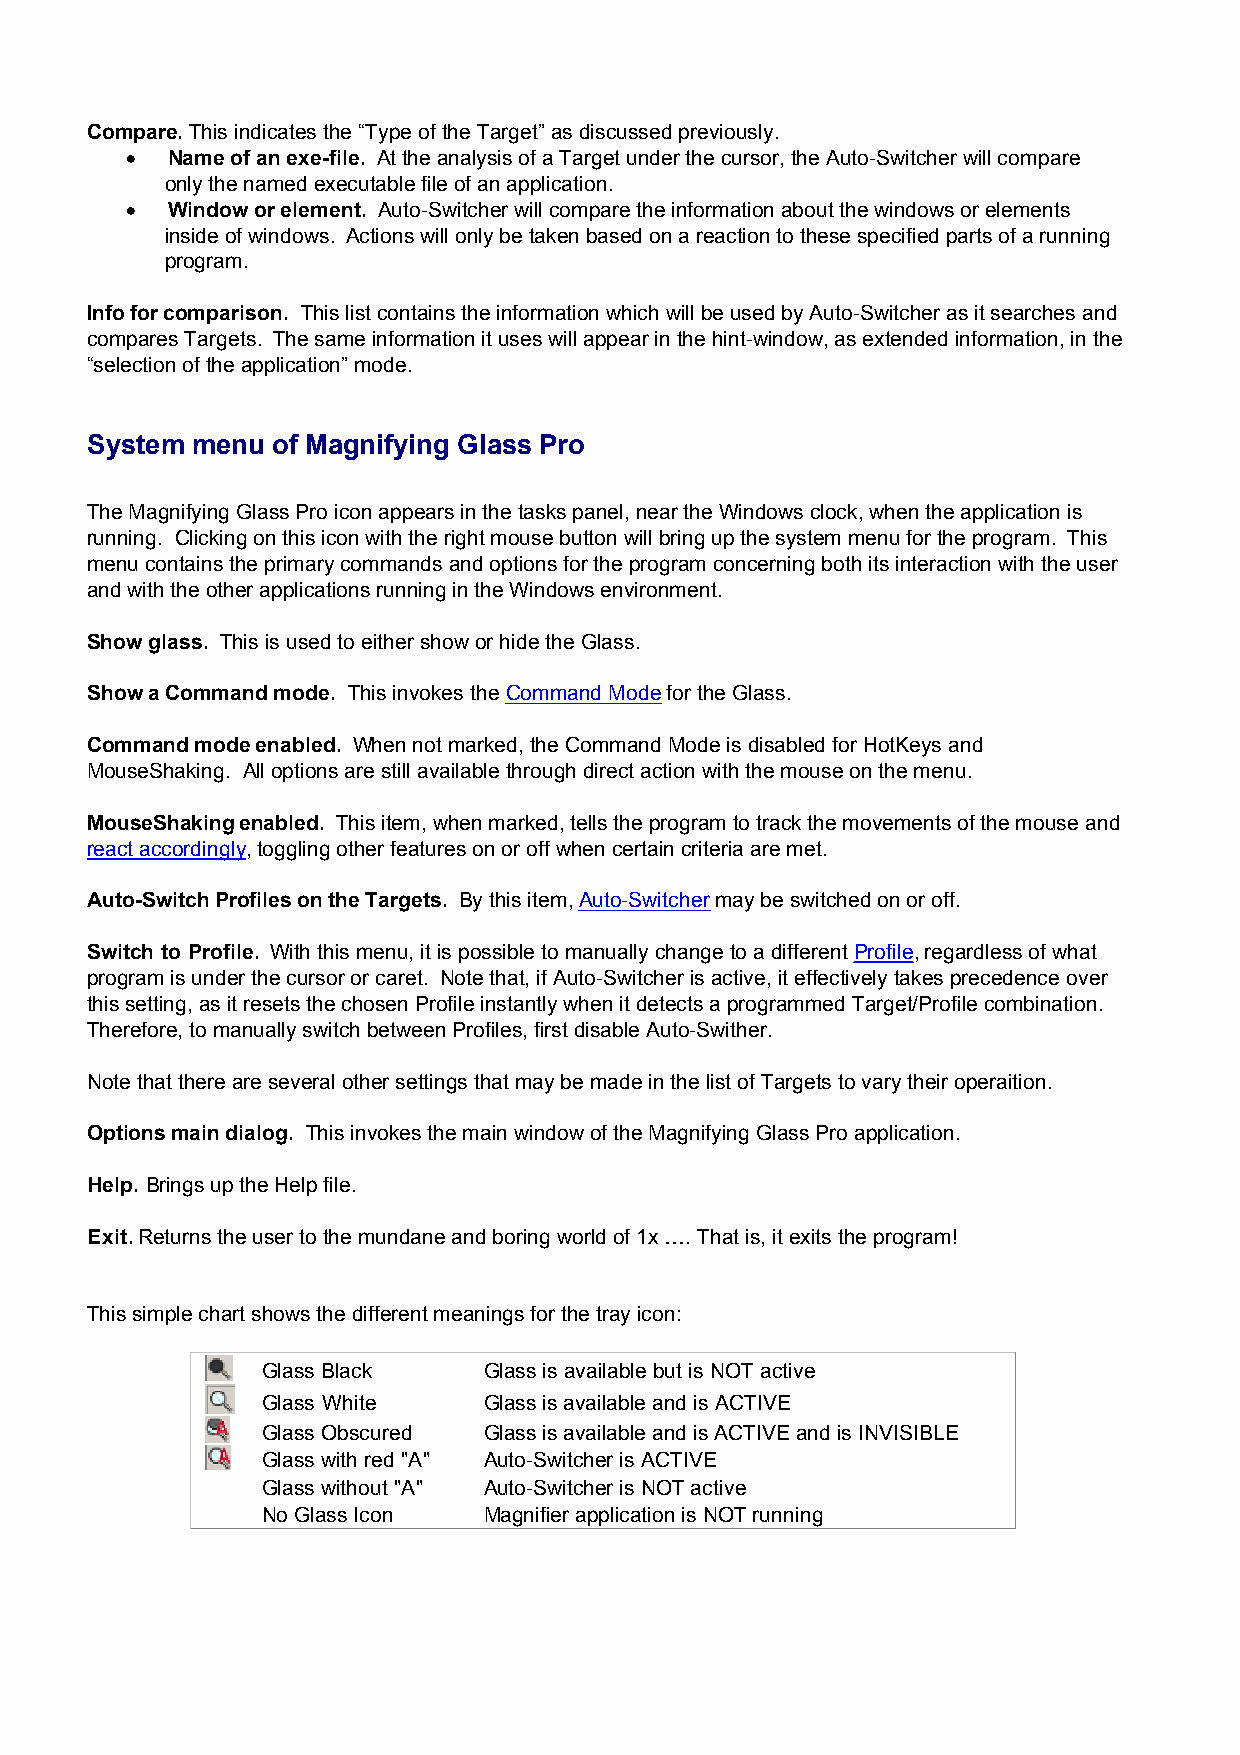
Compare. This indicates the “Type of the Target” as discussed previously.
 ·  Name of an exe-file. At the analysis of a Target under the cursor, the Auto-Switcher will compare
 only the named executable file of an application.
 ·  Window or element. Auto-Switcher will compare the information about the windows or elements
 inside of windows. Actions will only be taken based on a reaction to these specified parts of a running
 program.
 Info for comparison. This list contains the information which will be used by Auto-Switcher as it searches and
 compares Targets. The same information it uses will appear in the hint-window, as extended information, in the
 “selection of the application” mode.
 System menu of Magnifying Glass Pro
 The Magnifying Glass Pro icon appears in the tasks panel, near the Windows clock, when the application is
 running. Clicking on this icon with the right mouse button will bring up the system menu for the program. This
 menu contains the primary commands and options for the program concerning both its interaction with the user
 and with the other applications running in the Windows environment.
 Show glass. This is used to either show or hide the Glass.
 Show a Command mode. This invokes the Command Mode for the Glass.
 Command mode enabled. When not marked, the Command Mode is disabled for HotKeys and
 MouseShaking. All options are still available through direct action with the mouse on the menu.
 MouseShaking enabled. This item, when marked, tells the program to track the movements of the mouse and
 react accordingly, toggling other features on or off when certain criteria are met.
 Auto-Switch Profiles on the Targets. By this item, Auto-Switcher may be switched on or off.
 Switch to Profile. With this menu, it is possible to manually change to a different Profile, regardless of what
 program is under the cursor or caret. Note that, if Auto-Switcher is active, it effectively takes precedence over
 this setting, as it resets the chosen Profile instantly when it detects a programmed Target/Profile combination.
 Therefore, to manually switch between Profiles, first disable Auto-Swither.
 Note that there are several other settings that may be made in the list of Targets to vary their operaition.
 Options main dialog. This invokes the main window of the Magnifying Glass Pro application.
 Help. Brings up the Help file.
 Exit. Returns the user to the mundane and boring world of 1x …. That is, it exits the program!
 This simple chart shows the different meanings for the tray icon:
 Glass Black    Glass is available but is NOT active
 Glass White    Glass is available and is ACTIVE
 Glass Obscured Glass is available and is ACTIVE and is INVISIBLE
 Glass with red "A" Auto-Switcher is ACTIVE
 Glass without "A" Auto-Switcher is NOT active
 No Glass Icon  Magnifier application is NOT running